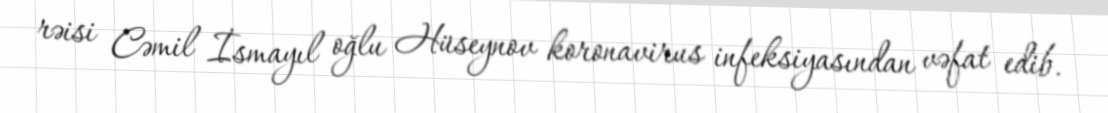
rəisi Cəmil İsmayıl oğlu Hüseynov koronavirus infeksiyasından vəfat edib.